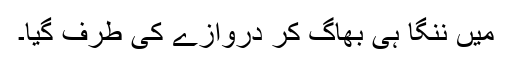
میں ننگا ہی بھاگ کر دروازے کی طرف گیا۔